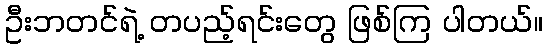
ဦးဘတင်ရဲ့ တပည့်ရင်းတွေ ဖြစ်ကြ ပါတယ်။